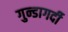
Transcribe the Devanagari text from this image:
गुन्डागर्दी